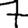
Digit: 7